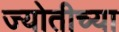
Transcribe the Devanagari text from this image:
ज्योतीच्या